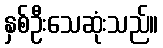
နှစ်ဦးသေဆုံးသည်။